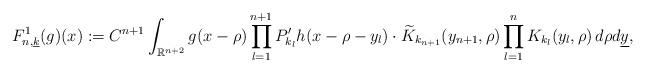
LaTeX: \begin{align*}F^1_{n,\underline{k}}(g)(x):=C^{n+1}\int_{\mathbb{R}^{n+2}}g(x-\rho)\prod_{l=1}^{n+1}P'_{k_l}h(x-\rho-y_l)\cdot \widetilde{K}_{k_{n+1}}(y_{n+1},\rho)\prod_{l=1}^{n}K_{k_l}(y_l,\rho)\,d\rho d\underline{y},\end{align*}